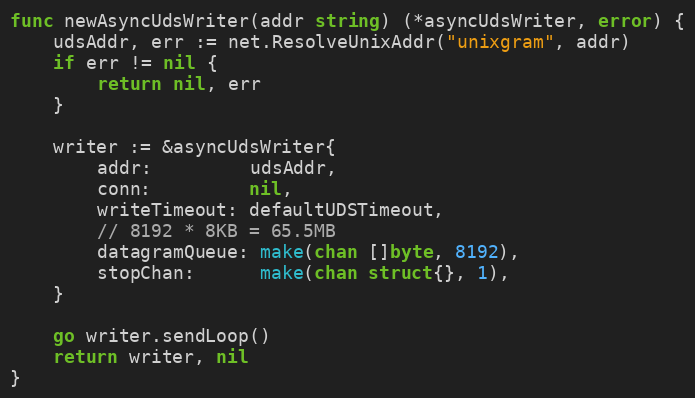
Language: Go
func newAsyncUdsWriter(addr string) (*asyncUdsWriter, error) {
	udsAddr, err := net.ResolveUnixAddr("unixgram", addr)
	if err != nil {
		return nil, err
	}

	writer := &asyncUdsWriter{
		addr:         udsAddr,
		conn:         nil,
		writeTimeout: defaultUDSTimeout,
		// 8192 * 8KB = 65.5MB
		datagramQueue: make(chan []byte, 8192),
		stopChan:      make(chan struct{}, 1),
	}

	go writer.sendLoop()
	return writer, nil
}